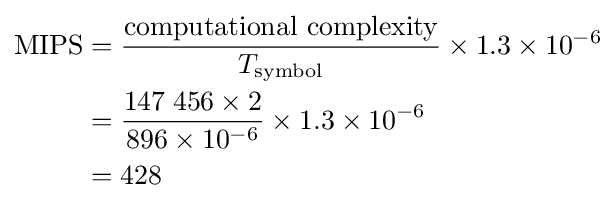
{\begin{aligned}\mathrm {MIPS} &={\frac {\mathrm {computational\ complexity} }{T_{\mathrm {symbol} }}}\times 1.3\times 10^{-6}\\&={\frac {147\;456\times 2}{896\times 10^{-6}}}\times 1.3\times 10^{-6}\\&=428\end{aligned}}